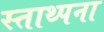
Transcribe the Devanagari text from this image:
स्ताथ्पना